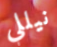
نيللي